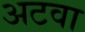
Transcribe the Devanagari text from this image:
अटवा